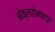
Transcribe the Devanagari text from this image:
ओक्लाहोमाकडून